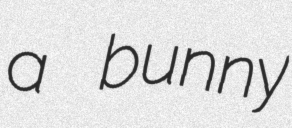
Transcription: a bunny